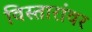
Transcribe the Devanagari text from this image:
विस्तारांवर